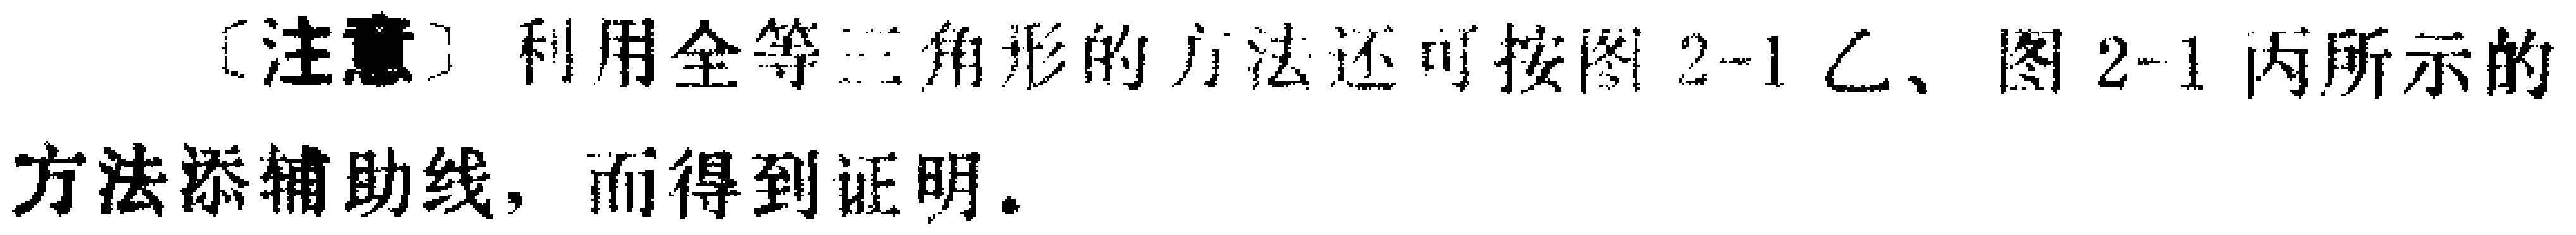
[注意] 利用全等三角形的方法还可按图 2-1 乙、图 2-1 丙所示的方法添辅助线，而得到证明。